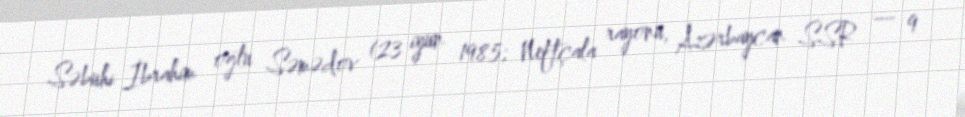
Səbuhi İbrahim oğlu Səmədov (23 iyun 1985; Neftçala rayonu, Azərbaycan SSR — 9